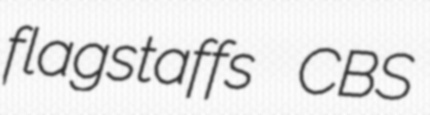
flagstaffs CBS